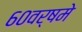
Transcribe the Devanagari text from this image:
६०वर्षमे